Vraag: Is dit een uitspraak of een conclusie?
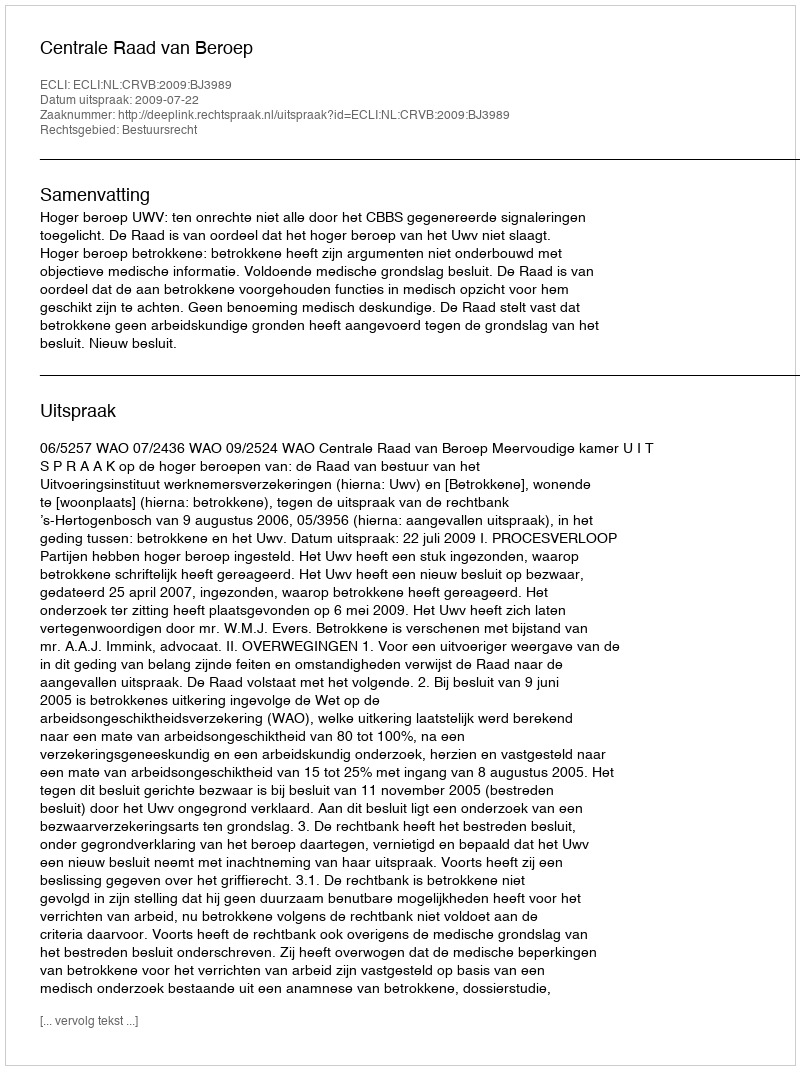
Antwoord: Uitspraak